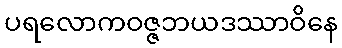
ပရလောကဝဇ္ဇဘယဒဿာဝိနေ